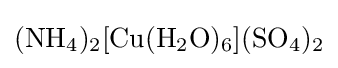
{\ce {(NH4)2[Cu(H2O)6](SO4)2}}